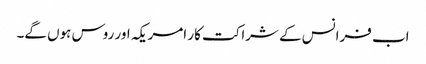
اب فرانس کے شراکت کار امریکہ اور روس ہوں گے۔